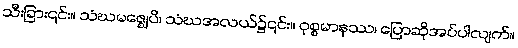
သီးခြား၎င်း။ သံဃမဇ္ဈေပိ၊ သံဃအလယ်၌၎င်း။ ဝုစ္စမာနဿ၊ ပြောဆိုအပ်ပါလျက်။